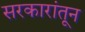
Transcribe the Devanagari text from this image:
सरकारांतून